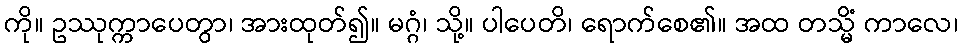
ကို။ ဥဿုက္ကာပေတွာ၊ အားထုတ်၍။ မဂ္ဂံ၊ သို့။ ပါပေတိ၊ ရောက်စေ၏။ အထ တသ္မိံ ကာလေ၊